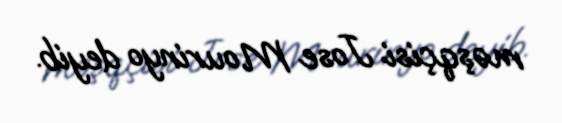
məşqçisi Jose Mourinyo deyib.